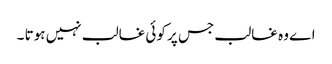
اے وہ غالب جس پر کوئی غالب نہیں ہوتا ۔